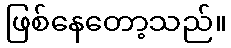
ဖြစ်နေတော့သည်။